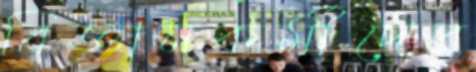
বিজ্ঞানকর্মীদের